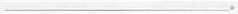
___。